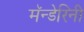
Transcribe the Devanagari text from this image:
मॅन्डेरिनी